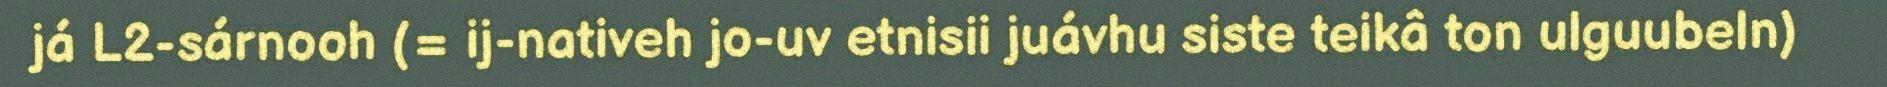
já L2-sárnooh (= ij-nativeh jo-uv etnisii juávhu siste teikâ ton ulguubeln)